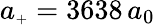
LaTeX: a_{\scriptscriptstyle+}=3638\, a_{0}